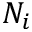
N _ { i }